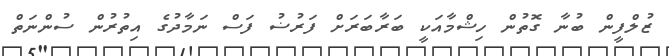
ޒުލްފީން ބުނާ ގޮތުން ހިޝްމާއަކީ ބަރާބަރަށް ފަރުޟު ފަސް ނަމާދުގެ އިތުރުން ސުންނަތް